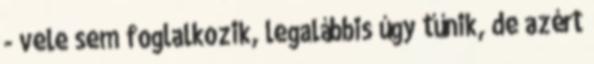
- vele sem foglalkozik, legalábbis úgy tűnik, de azért